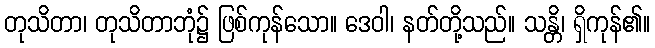
တုသိတာ၊ တုသိတာဘုံ၌ ဖြစ်ကုန်သော။ ဒေဝါ၊ နတ်တို့သည်။ သန္တိ၊ ရှိကုန်၏။